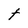
Character: t